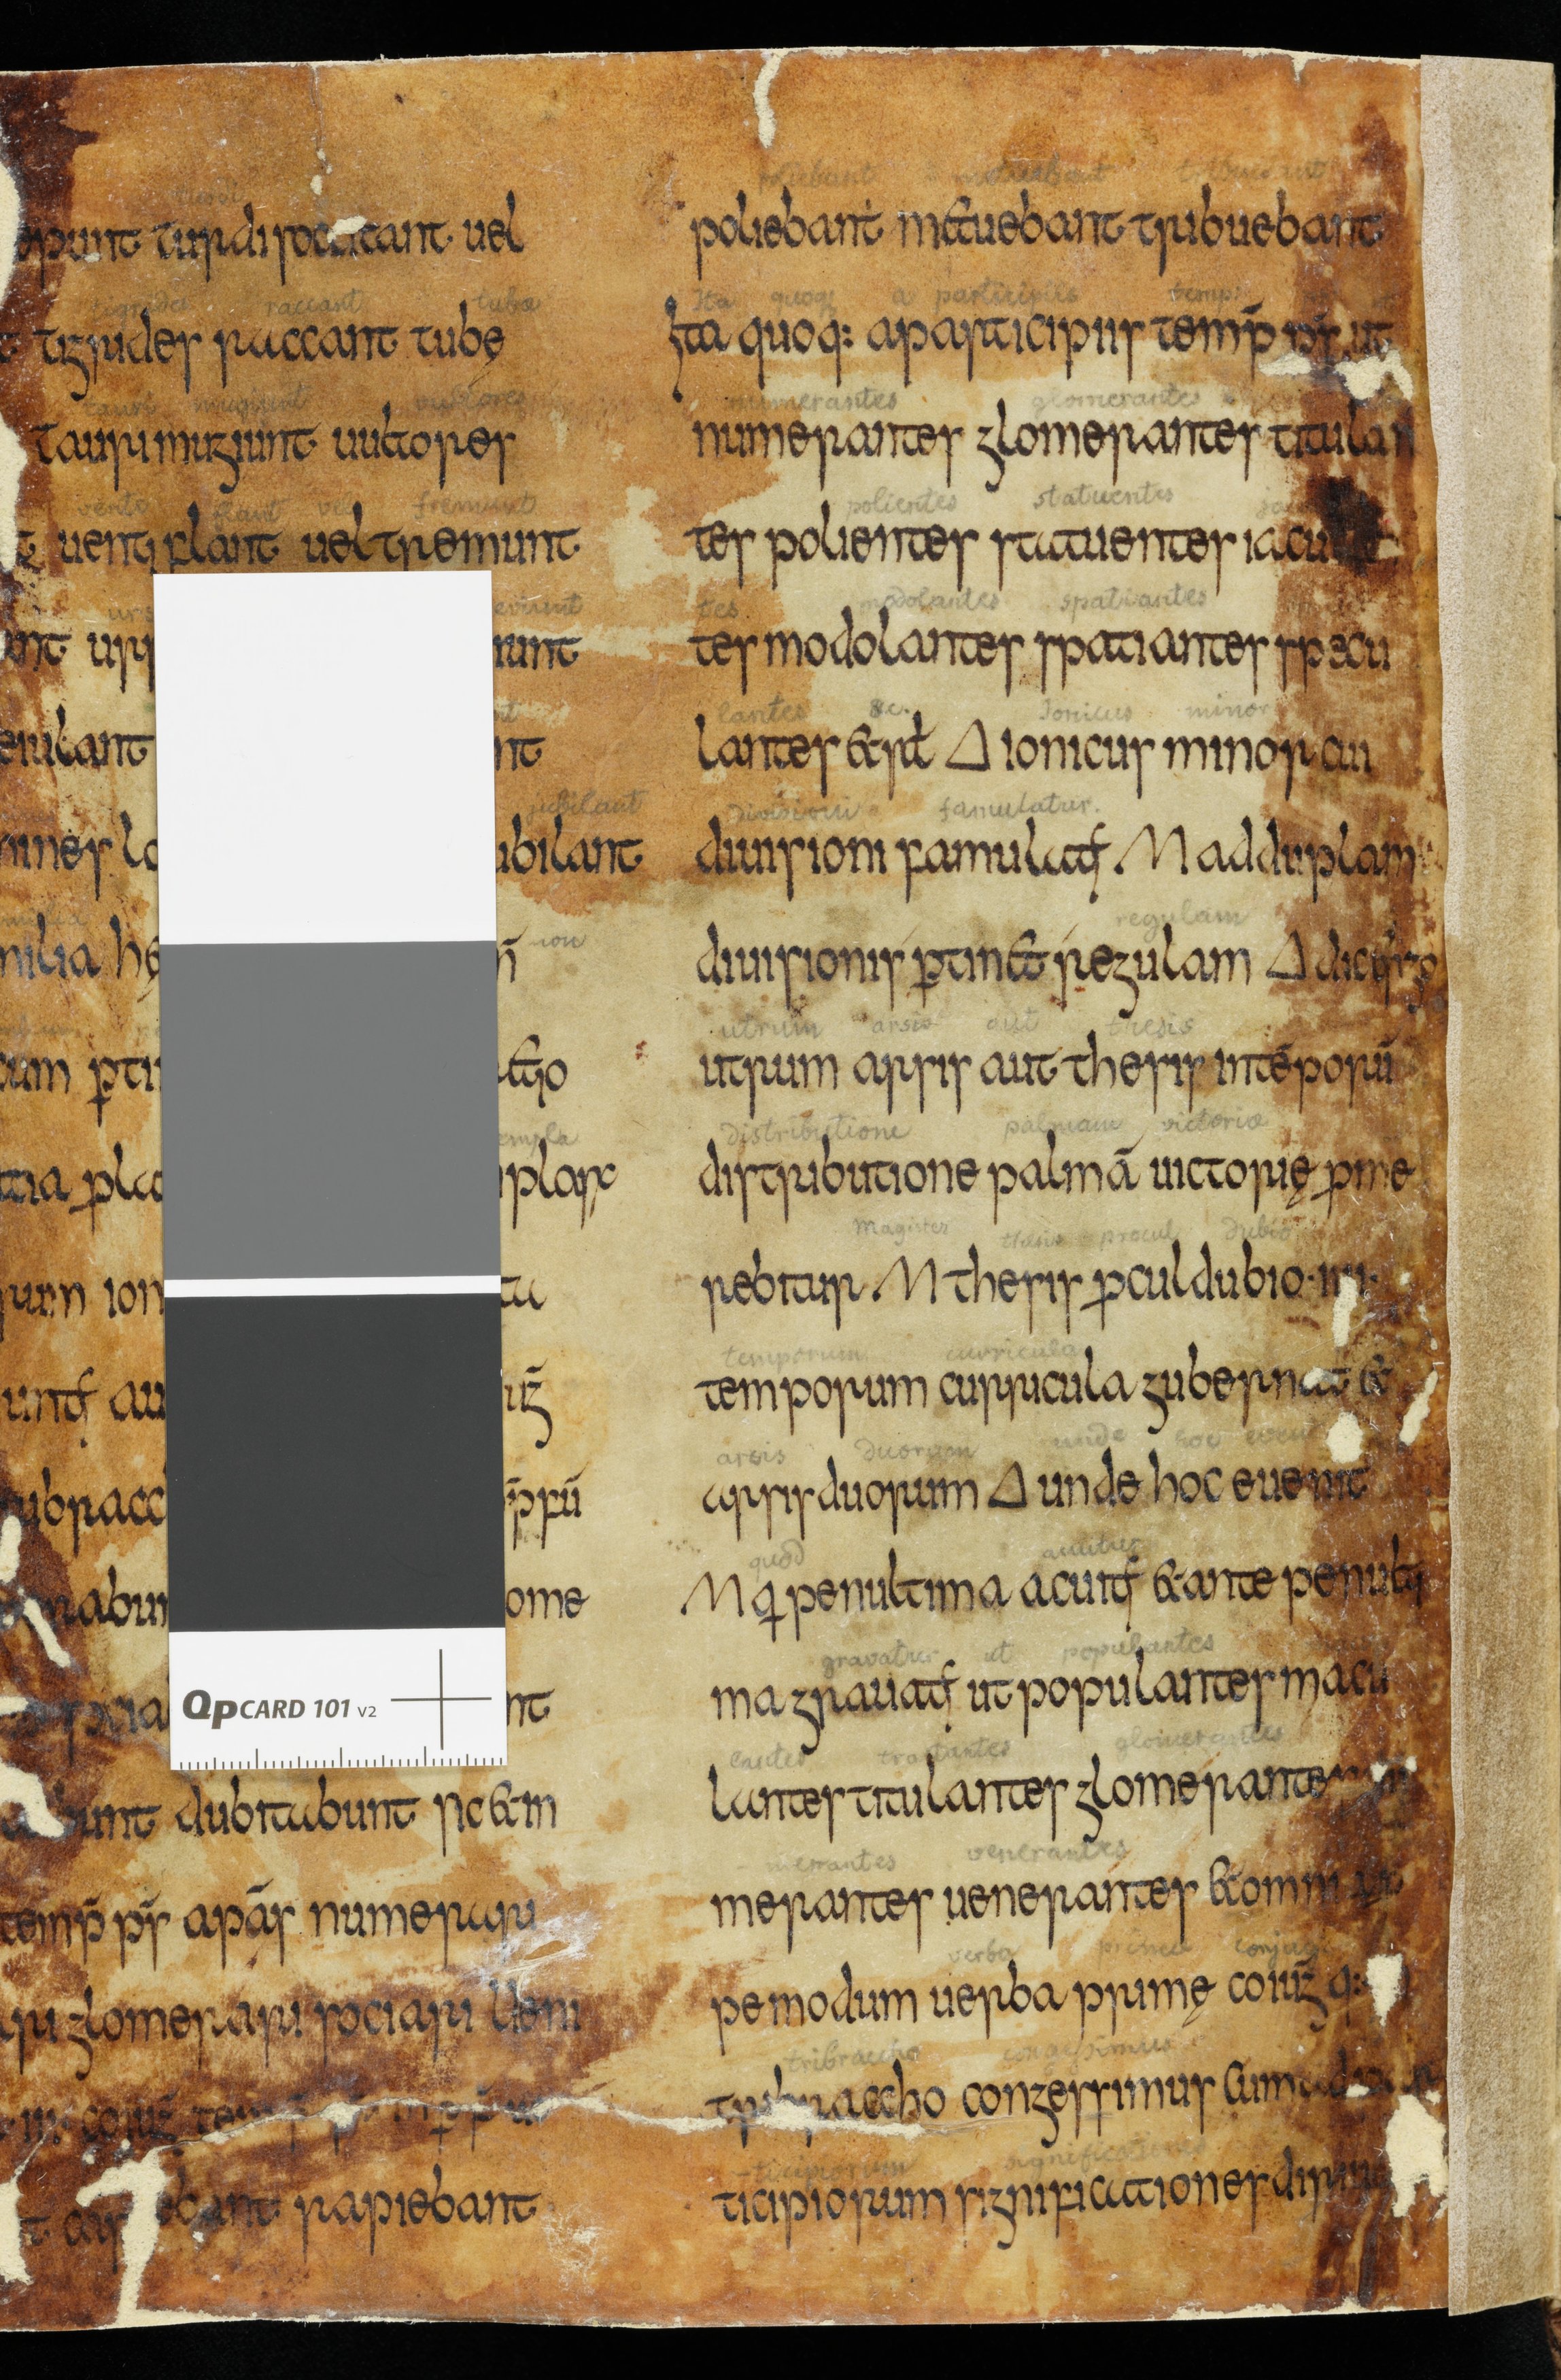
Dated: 833–865